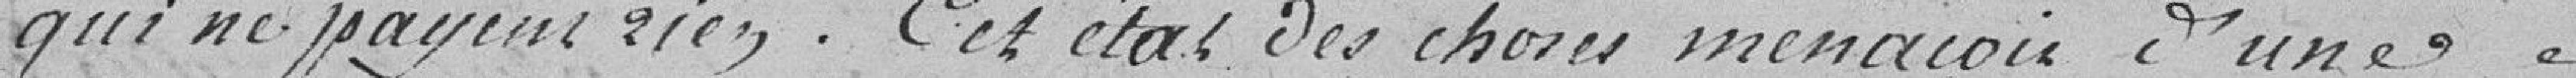
qui ne payent rien. Cet état des choses menace d'une